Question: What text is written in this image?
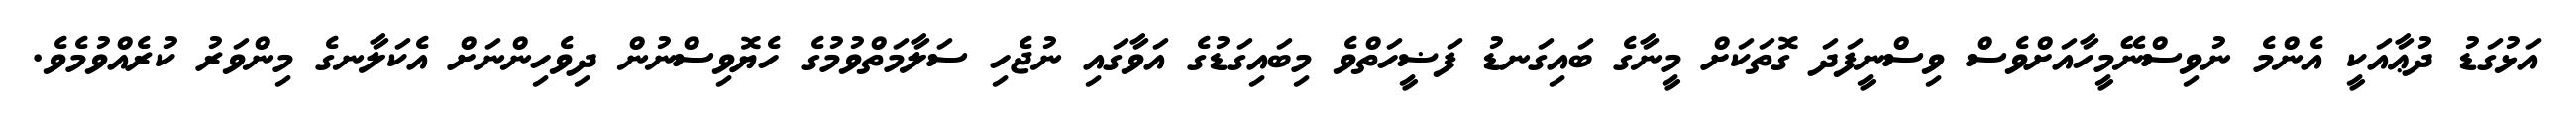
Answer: އަޅުގަޑު ދުޢާއަކީ އެންމެ ނުވިސްނޭމީހާއަށްވެސް ވިސްނީފަދަ ގޮތަކަށް މީނާގެ ބައިގަނޑު ފަޟީހަތްވެ މިބައިގަޑުގެ އަވާގައި ނުޖެހި ސަލާމަތްވުމުގެ ހެޔޮވިސްނުން ދިވެހިންނަށް އެކަލާނގެ މިންވަރު ކުރެއްވުމެވެ.